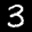
Label: 3